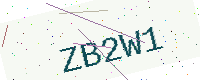
Text: ZB2W1